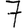
Digit: 7